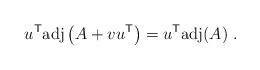
\begin{align*}u^{\sf T} {\rm adj} \left( A + v u^{\sf T} \right) = u^{\sf T} {\rm adj}(A) \;.\end{align*}